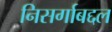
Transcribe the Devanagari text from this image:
निसर्गाबद्दल